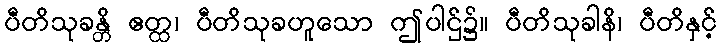
ပီတိသုခန္တိ ဧတ္ထ၊ ပီတိသုခဟူသော ဤပါဌ်၌။ ပီတိသုခါနိ၊ ပီတိနှင့်